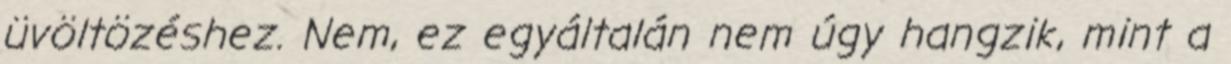
üvöltözéshez. Nem, ez egyáltalán nem úgy hangzik, mint a